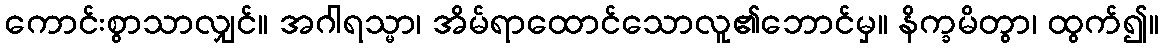
ကောင်းစွာသာလျှင်။ အဂါရသ္မာ၊ အိမ်ရာထောင်သောလူ၏ဘောင်မှ။ နိက္ခမိတွာ၊ ထွက်၍။